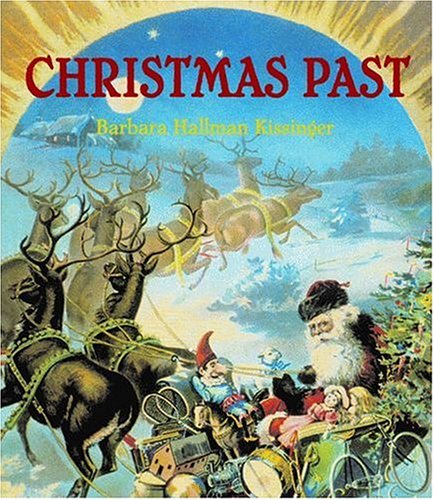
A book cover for Christmas Past; Barbara Kissinger; Crafts, Hobbies & Home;